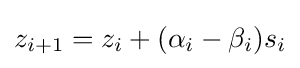
z_{i+1}=z_{i}+(\alpha _{i}-\beta _{i})s_{i}